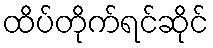
ထိပ်တိုက်ရင်ဆိုင်